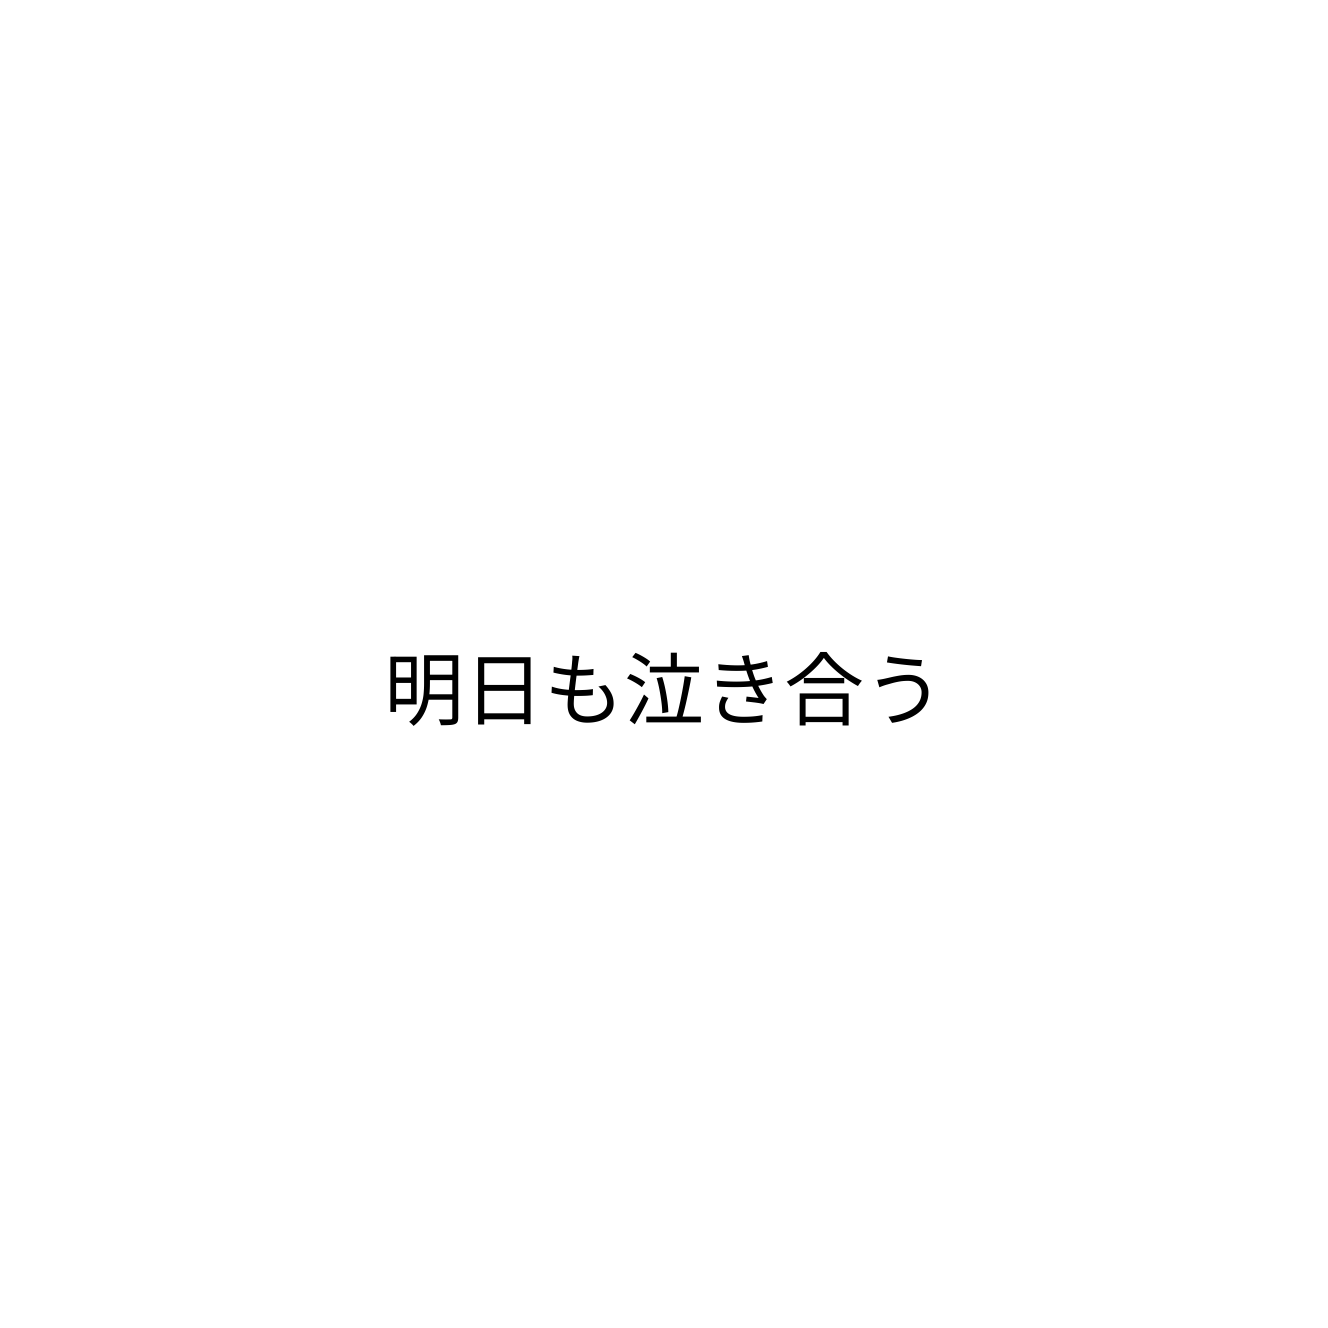
明日も泣き合う